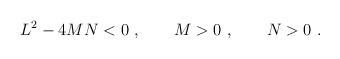
LaTeX: \begin{align*}L^2- 4MN<0 \ , \qquad M>0\ , \qquad N>0\ . \end{align*}